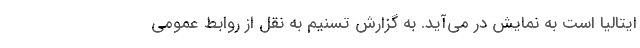
ایتالیا است به نمایش در می‌آید. به گزارش تسنیم به نقل از روابط عمومی